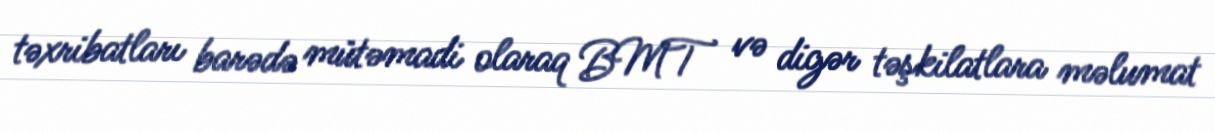
təxribatları barədə mütəmadi olaraq BMT və digər təşkilatlara məlumat